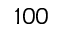
1 0 0